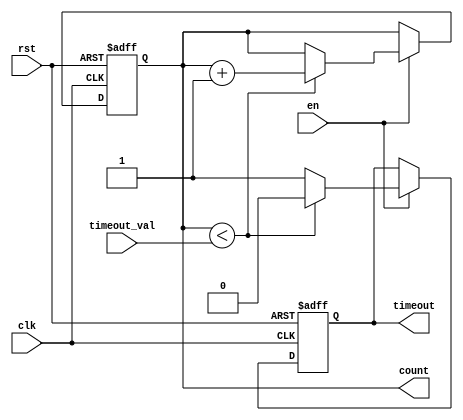
module timeout_counter (
    input wire clk,               // Clock signal
    input wire rst,               // Asynchronous reset
    input wire en,                // Enable signal
    input wire [15:0] timeout_val, // Configurable time-out value (16-bit for example)
    output reg timeout,           // Time-out signal
    output reg [15:0] count       // Current counter value (16-bit for example)
);

    // Asynchronous reset and counting logic
    always @(posedge clk or posedge rst) begin
        if (rst) begin
            count <= 16'b0;         // Reset counter to zero
            timeout <= 1'b0;        // Deassert timeout signal
        end else if (en) begin
            // Increment counter if enabled
            if (count < timeout_val) begin
                count <= count + 1; // Increment counter
                timeout <= 1'b0;     // Deassert timeout signal
            end else begin
                timeout <= 1'b1;     // Assert timeout signal
            end
        end
    end

endmodule